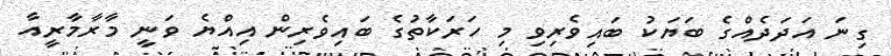
ގިނަ އަދަދެއްގެ ބަޔަކު ބައިވެރިވި މި ހަރަކާތުގެ ބައިވެރިން އިއްޔެ ވަނީ މާރާމާރީއާ